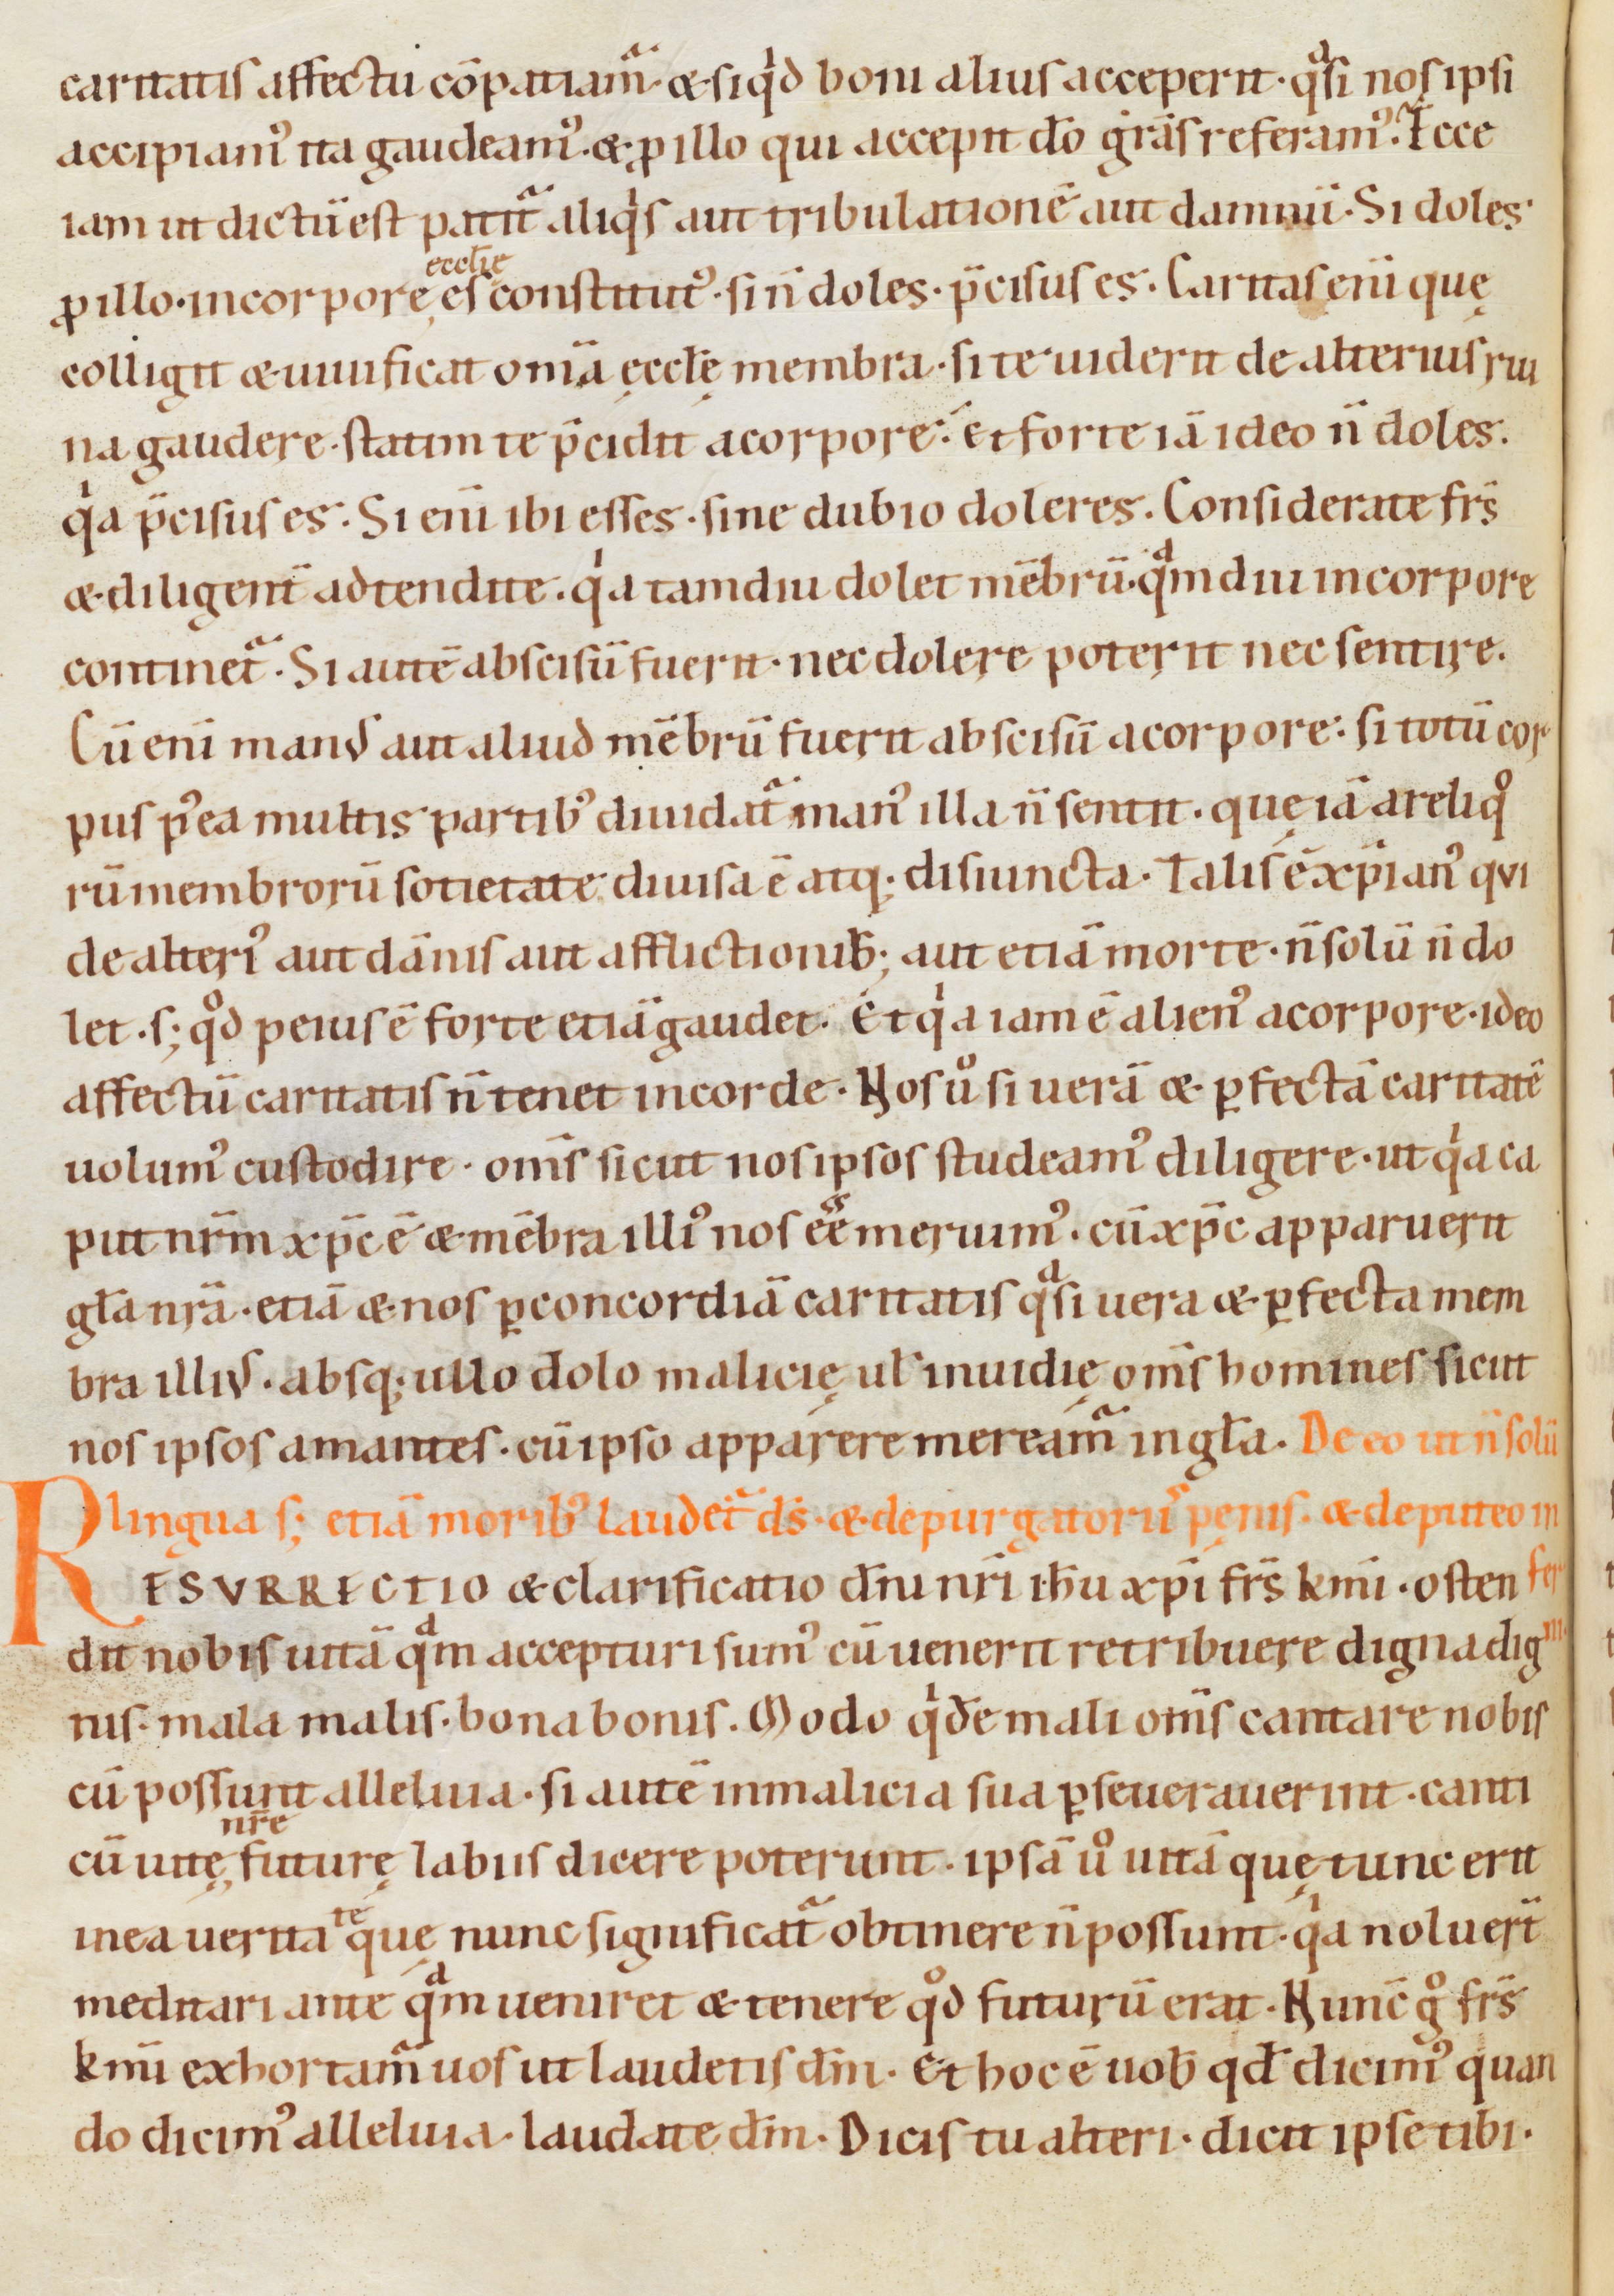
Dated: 1080–1096